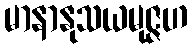
မာနာနုသယမုဇ္ဇဟ